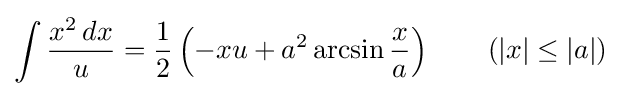
\int {\frac {x^{2}\,dx}{u}}={\frac {1}{2}}\left(-xu+a^{2}\arcsin {\frac {x}{a}}\right)\qquad {\mbox{(}}|x|\leq |a|{\mbox{)}}